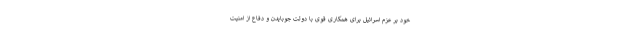
خود بر عزم اسرائیل برای همکاری قوی با دولت جوبایدن و دفاع از امنیت